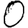
Digit: 0